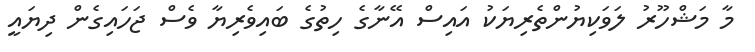
މާ މަޝްހޫރު ލަވަކިޔުންތެރިޔަކު އައިސް އޭނާގެ ހިތުގެ ބައިވެރިޔާ ވެސް ޖަހައިގެން ދިޔައީ